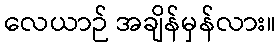
လေယာဉ် အချိန်မှန်လား။